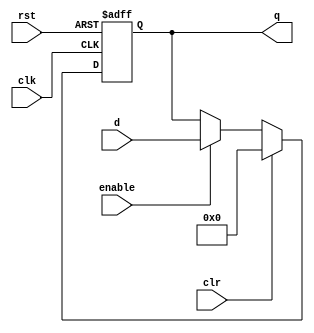
`timescale 1ns / 1ps
//////////////////////////////////////////////////////////////////////////////////
// Company: 
// Engineer: 
// 
// Design Name: 
// Module Name: flopenrc
// Project Name: 
// Target Devices: 
// Tool Versions: 
// Description: 
// 
// Dependencies: 
// 
// Revision:
// Revision 0.01 - File Created
// Additional Comments:
// 
//////////////////////////////////////////////////////////////////////////////////


module flopenrc
#(
    parameter WIDTH = 32
)
(
    input wire clk,rst,enable,clr,
    input wire [WIDTH -1 : 0] d,
    output reg [WIDTH -1 : 0] q
);
    always@(posedge clk,posedge rst) begin
        if(rst)
            q <= 0;
        else if(clr)
            q <= 0;
        else if(enable)
            q <= d;
    end
endmodule